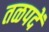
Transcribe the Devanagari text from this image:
तळपदें